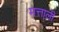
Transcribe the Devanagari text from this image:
मत्ताली